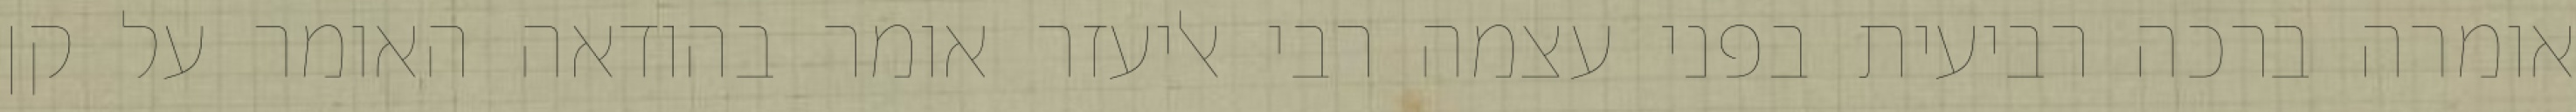
אומרה ברכה רביעית בפני עצמה רבי אליעזר אומר בהודאה האומר על קן